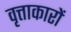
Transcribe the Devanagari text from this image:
वृत्ताकारों